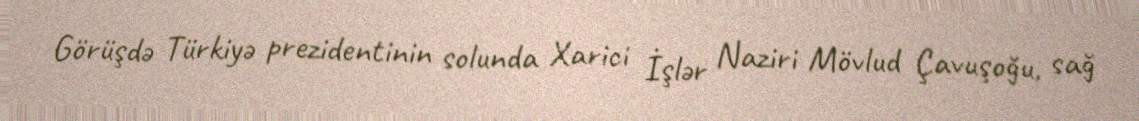
Görüşdə Türkiyə prezidentinin solunda Xarici İşlər Naziri Mövlud Çavuşoğu, sağ